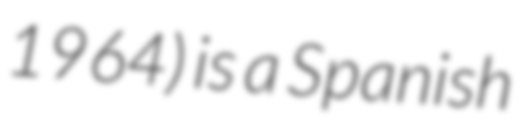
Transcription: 1964) is a Spanish